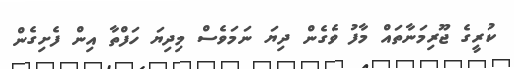
ކުރީގެ ޖޫރިމަނާތައް މާފު ވެގެން ދިޔަ ނަމަވެސް މިދިޔަ ހަފްތާ އިން ފެށިގެން